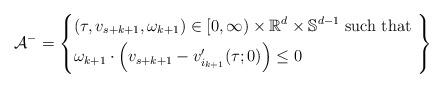
LaTeX: \begin{align*}\mathcal{A}^- = \left\{\begin{aligned}& (\tau,v_{s+k+1},\omega_{k+1}) \in[0,\infty) \times \mathbb{R}^d \times \mathbb{S}^{d-1} \textnormal{ such that } \\& \omega_{k+1} \cdot \left(v_{s+k+1} - v_{i_{k+1}}^\prime (\tau;0) \right) \leq 0\end{aligned}\right\}\end{align*}